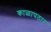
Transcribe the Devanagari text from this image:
काळापठार